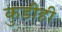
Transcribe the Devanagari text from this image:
कुडीही